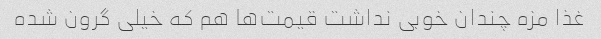
غذا مزه چندان خوبی نداشت قیمت‌ها هم که خیلی گرون شده